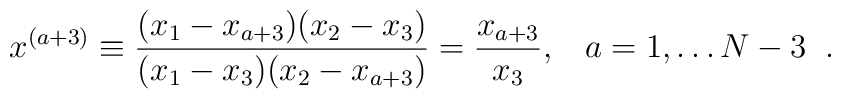
x^{(a+3)}\equiv \frac{(x_1-x_{a+3})(x_2-x_3)}{(x_1-x_3)(x_2-x_{a+3})}  = \frac{x_{a+3}}{x_3}, \;\;\;  a=1,  \ldots N-3 \;\;.